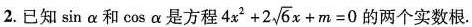
2.已知\sin α和\cosα是方程$$4 x ^ { 2 } + 2 \sqrt { 6 } x + m = 0$$ 的两个实数根.